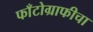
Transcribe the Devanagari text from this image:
फाँटोग्राफीचा